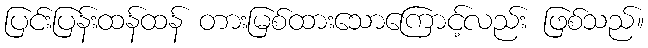
ပြင်းပြန်းထန်ထန် တားမြစ်ထားသောကြောင့်လည်း ဖြစ်သည်။